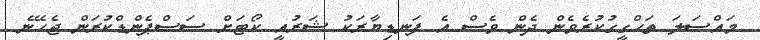
މައްސަލަ ތަހްގީގުކުރެވެން ދެން ވެސް އެ ފަނޑިޔާރަކު ޝަރުއީ ކޯޓަށް ސަސްޕެންޑްކުރަން ޖެހޭނެ